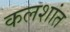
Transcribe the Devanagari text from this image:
कलशांत